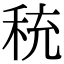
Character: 𬓦